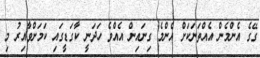
ގޭގެ އެންމެން އެއްތަނަކަށް އެންމެ ގިނައިން އެއްވެ ހަދަނީ ކާގަޑީގައި ކަމަށްވާއިރު މި